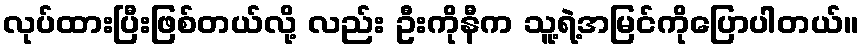
လုပ်ထားပြီးဖြစ်တယ်လို့ လည်း ဦးကိုနီက သူ့ရဲ့အမြင်ကိုပြောပါတယ်။